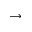
\rightarrow